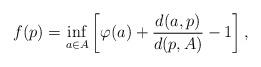
LaTeX: \begin{align*} f(p)= \inf_{a\in A}\left[\varphi(a)+\frac{d(a,p)}{d(p,A)}-1\right], \end{align*}